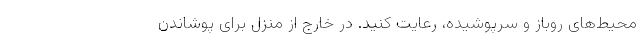
محیط‌های روباز و سرپوشیده، رعایت کنید. در خارج از منزل برای پوشاندن